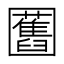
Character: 𭍸